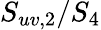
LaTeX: S_{uv,2}/S_{4}